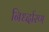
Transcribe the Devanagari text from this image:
निर्ध्दारण